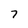
Character: 7